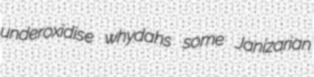
underoxidise whydahs some Janizarian